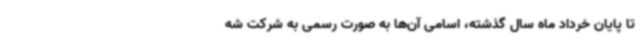
تا پایان خرداد ماه سال گذشته، اسامی آن‌ها به صورت رسمی به شرکت شه